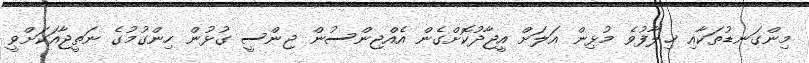
މިންގަނޑުތަކާއި ޚިލާފުވެ މުޅިން އަލަށް އީޖާދުކޮށްގެން އެއްޖިންސުން ޖިންސީ ގުޅުން ހިންގުމުގެ ނަތީޖާއަކަށްވީ